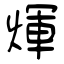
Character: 煇